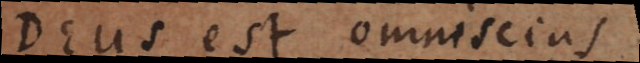
Deus est omniscius.